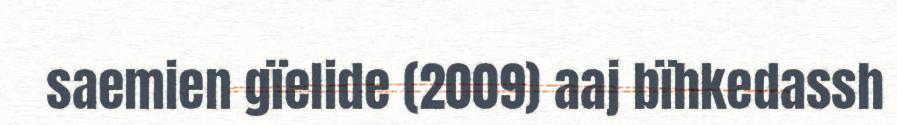
saemien gïelide (2009) aaj bïhkedassh